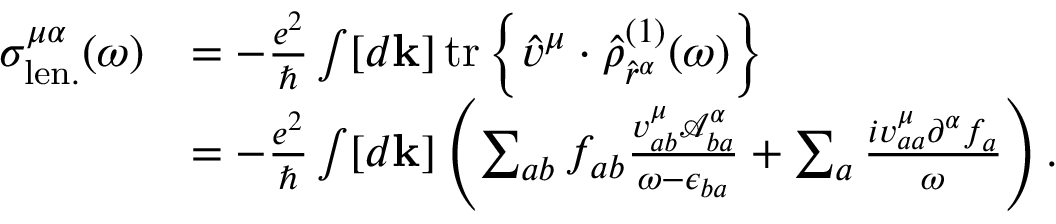
\begin{array} { r l } { \sigma _ { \mathrm { l e n . } } ^ { \mu \alpha } ( \omega ) } & { = - \frac { e ^ { 2 } } { \hslash } \int [ d \mathbf { k } ] \, \mathrm { t r } \left\{ \hat { v } ^ { \mu } \cdot \hat { \rho } _ { \hat { r } ^ { \alpha } } ^ { ( 1 ) } ( \omega ) \right\} } \\ & { = - \frac { e ^ { 2 } } { \hslash } \int [ d \mathbf { k } ] \left( \sum _ { a b } f _ { a b } \frac { v _ { a b } ^ { \mu } \mathcal { A } _ { b a } ^ { \alpha } } { \omega - \epsilon _ { b a } } + \sum _ { a } \frac { i v _ { a a } ^ { \mu } \partial ^ { \alpha } f _ { a } } { \omega } \right) \mathrm { . } } \end{array}